Eesti_Peakonsulaat_New_Yorgis, lk 31
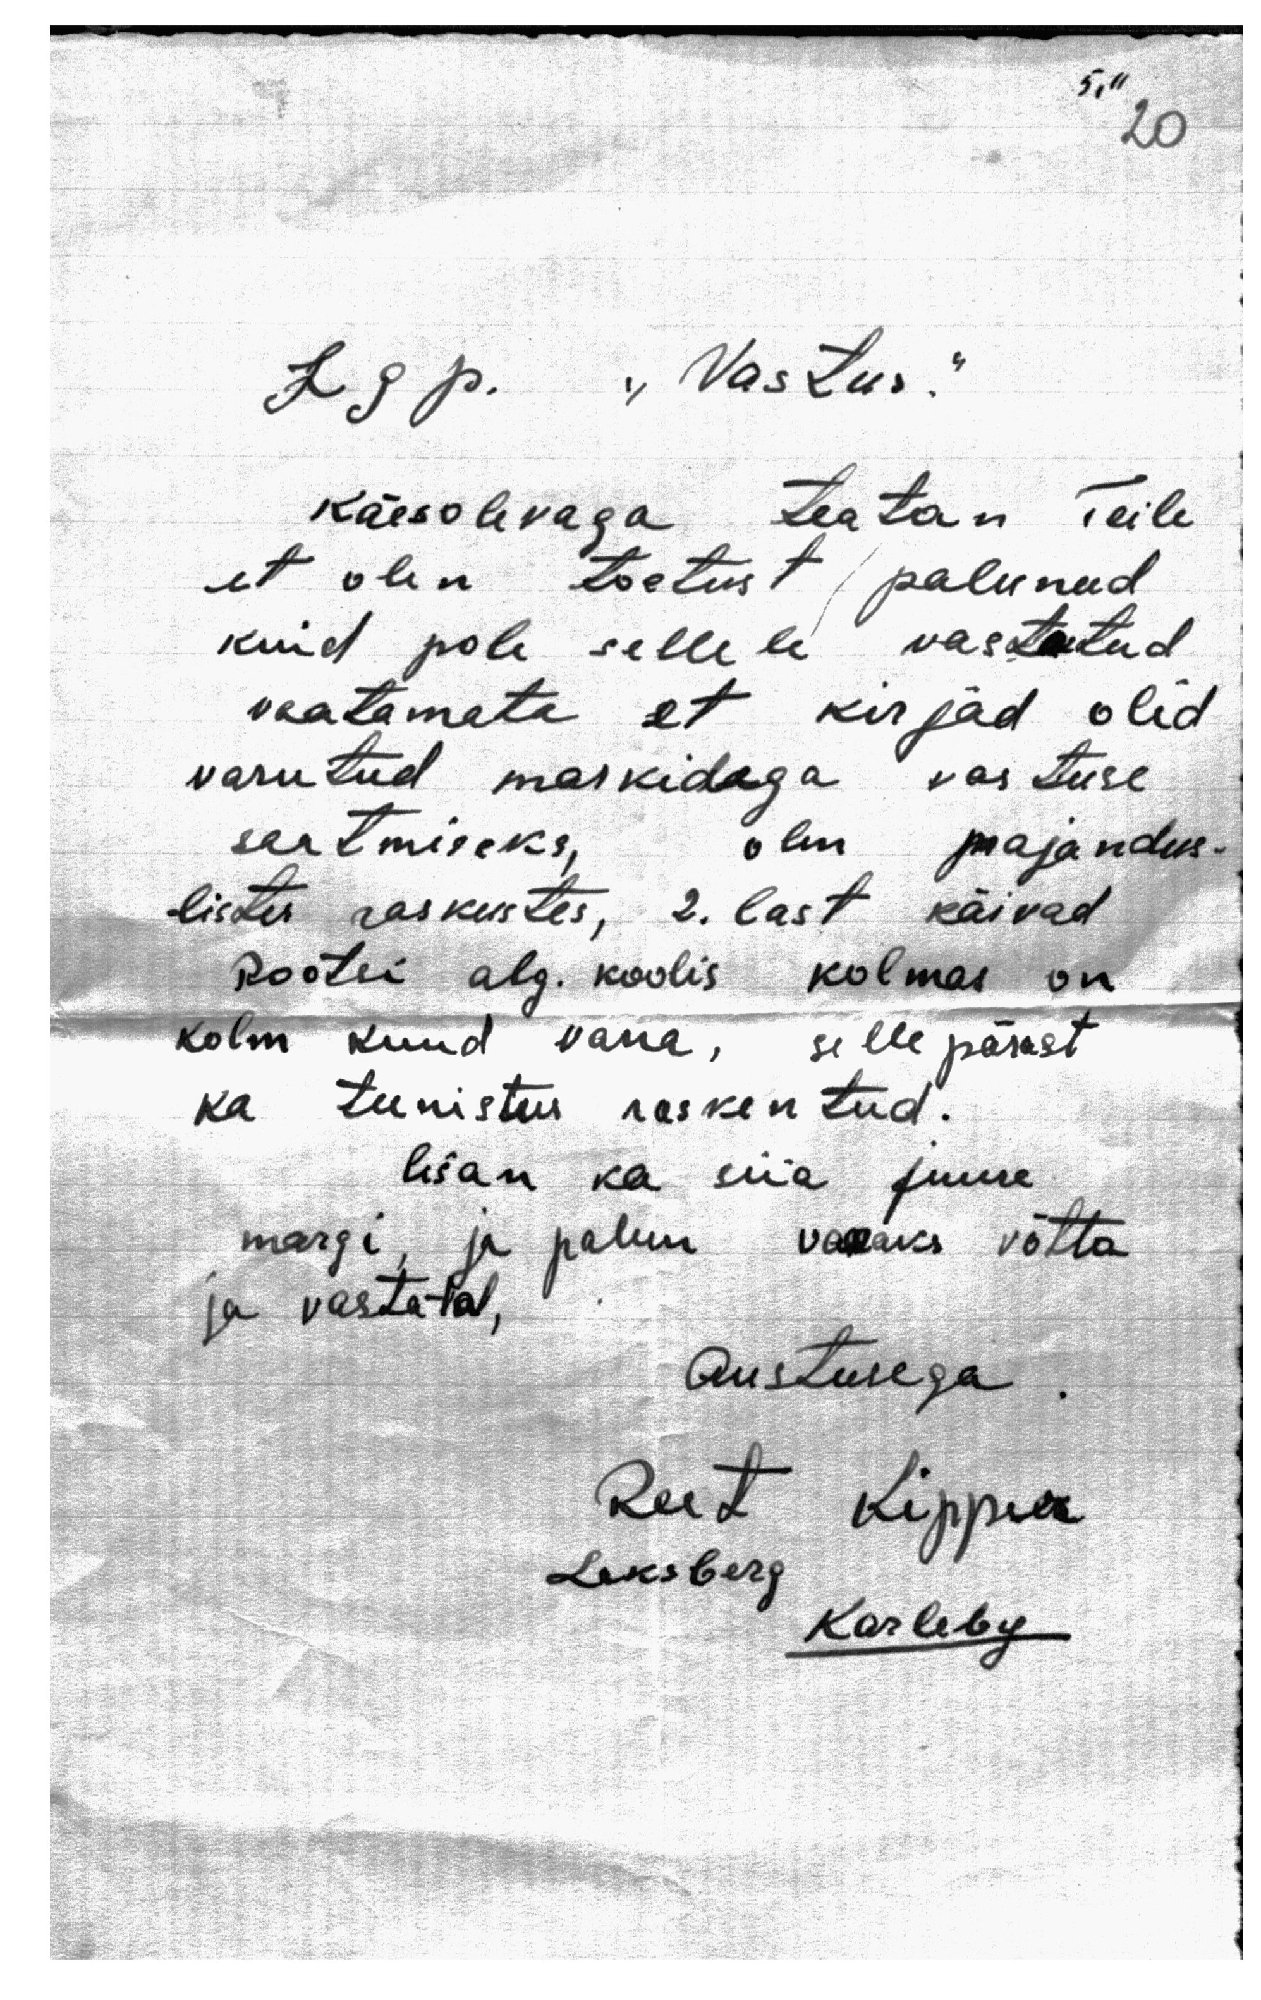
5,11
20

Lgp. "Vastus."
käesolevaga teatan Teile
et olen toetust palunud
kuid pole sellele vastatud
vaatamata et kirjad olid
varutud markidaga vastuse
saatmiseks, olin majandus-
listes raskustes, 2. last käivad
Rootsi alg. koolis kolmas on
kolm kuud vana, selle pärast
ka teenistus raskentud.
lisan ka siia juure
margi, ja palun vaevaks võtta
ja vastata,
Austusega
Reet Kipper
Leksberg
Karleby